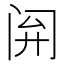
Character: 𫔰